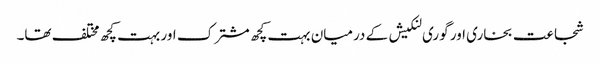
شجاعت بخاری اور گوری لنکیش کے درمیان بہت کچھ مشترک اور بہت کچھ مختلف تھا۔